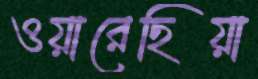
ওয়ারেছিয়া